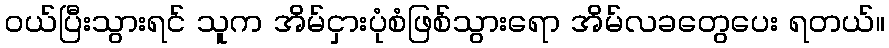
ဝယ်ပြီးသွားရင် သူက အိမ်ငှားပုံစံဖြစ်သွားရော အိမ်လခတွေပေး ရတယ်။